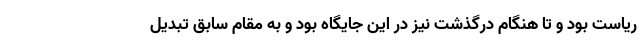
ریاست بود و تا هنگام درگذشت نیز در این جایگاه بود و به مقام سابق تبدیل